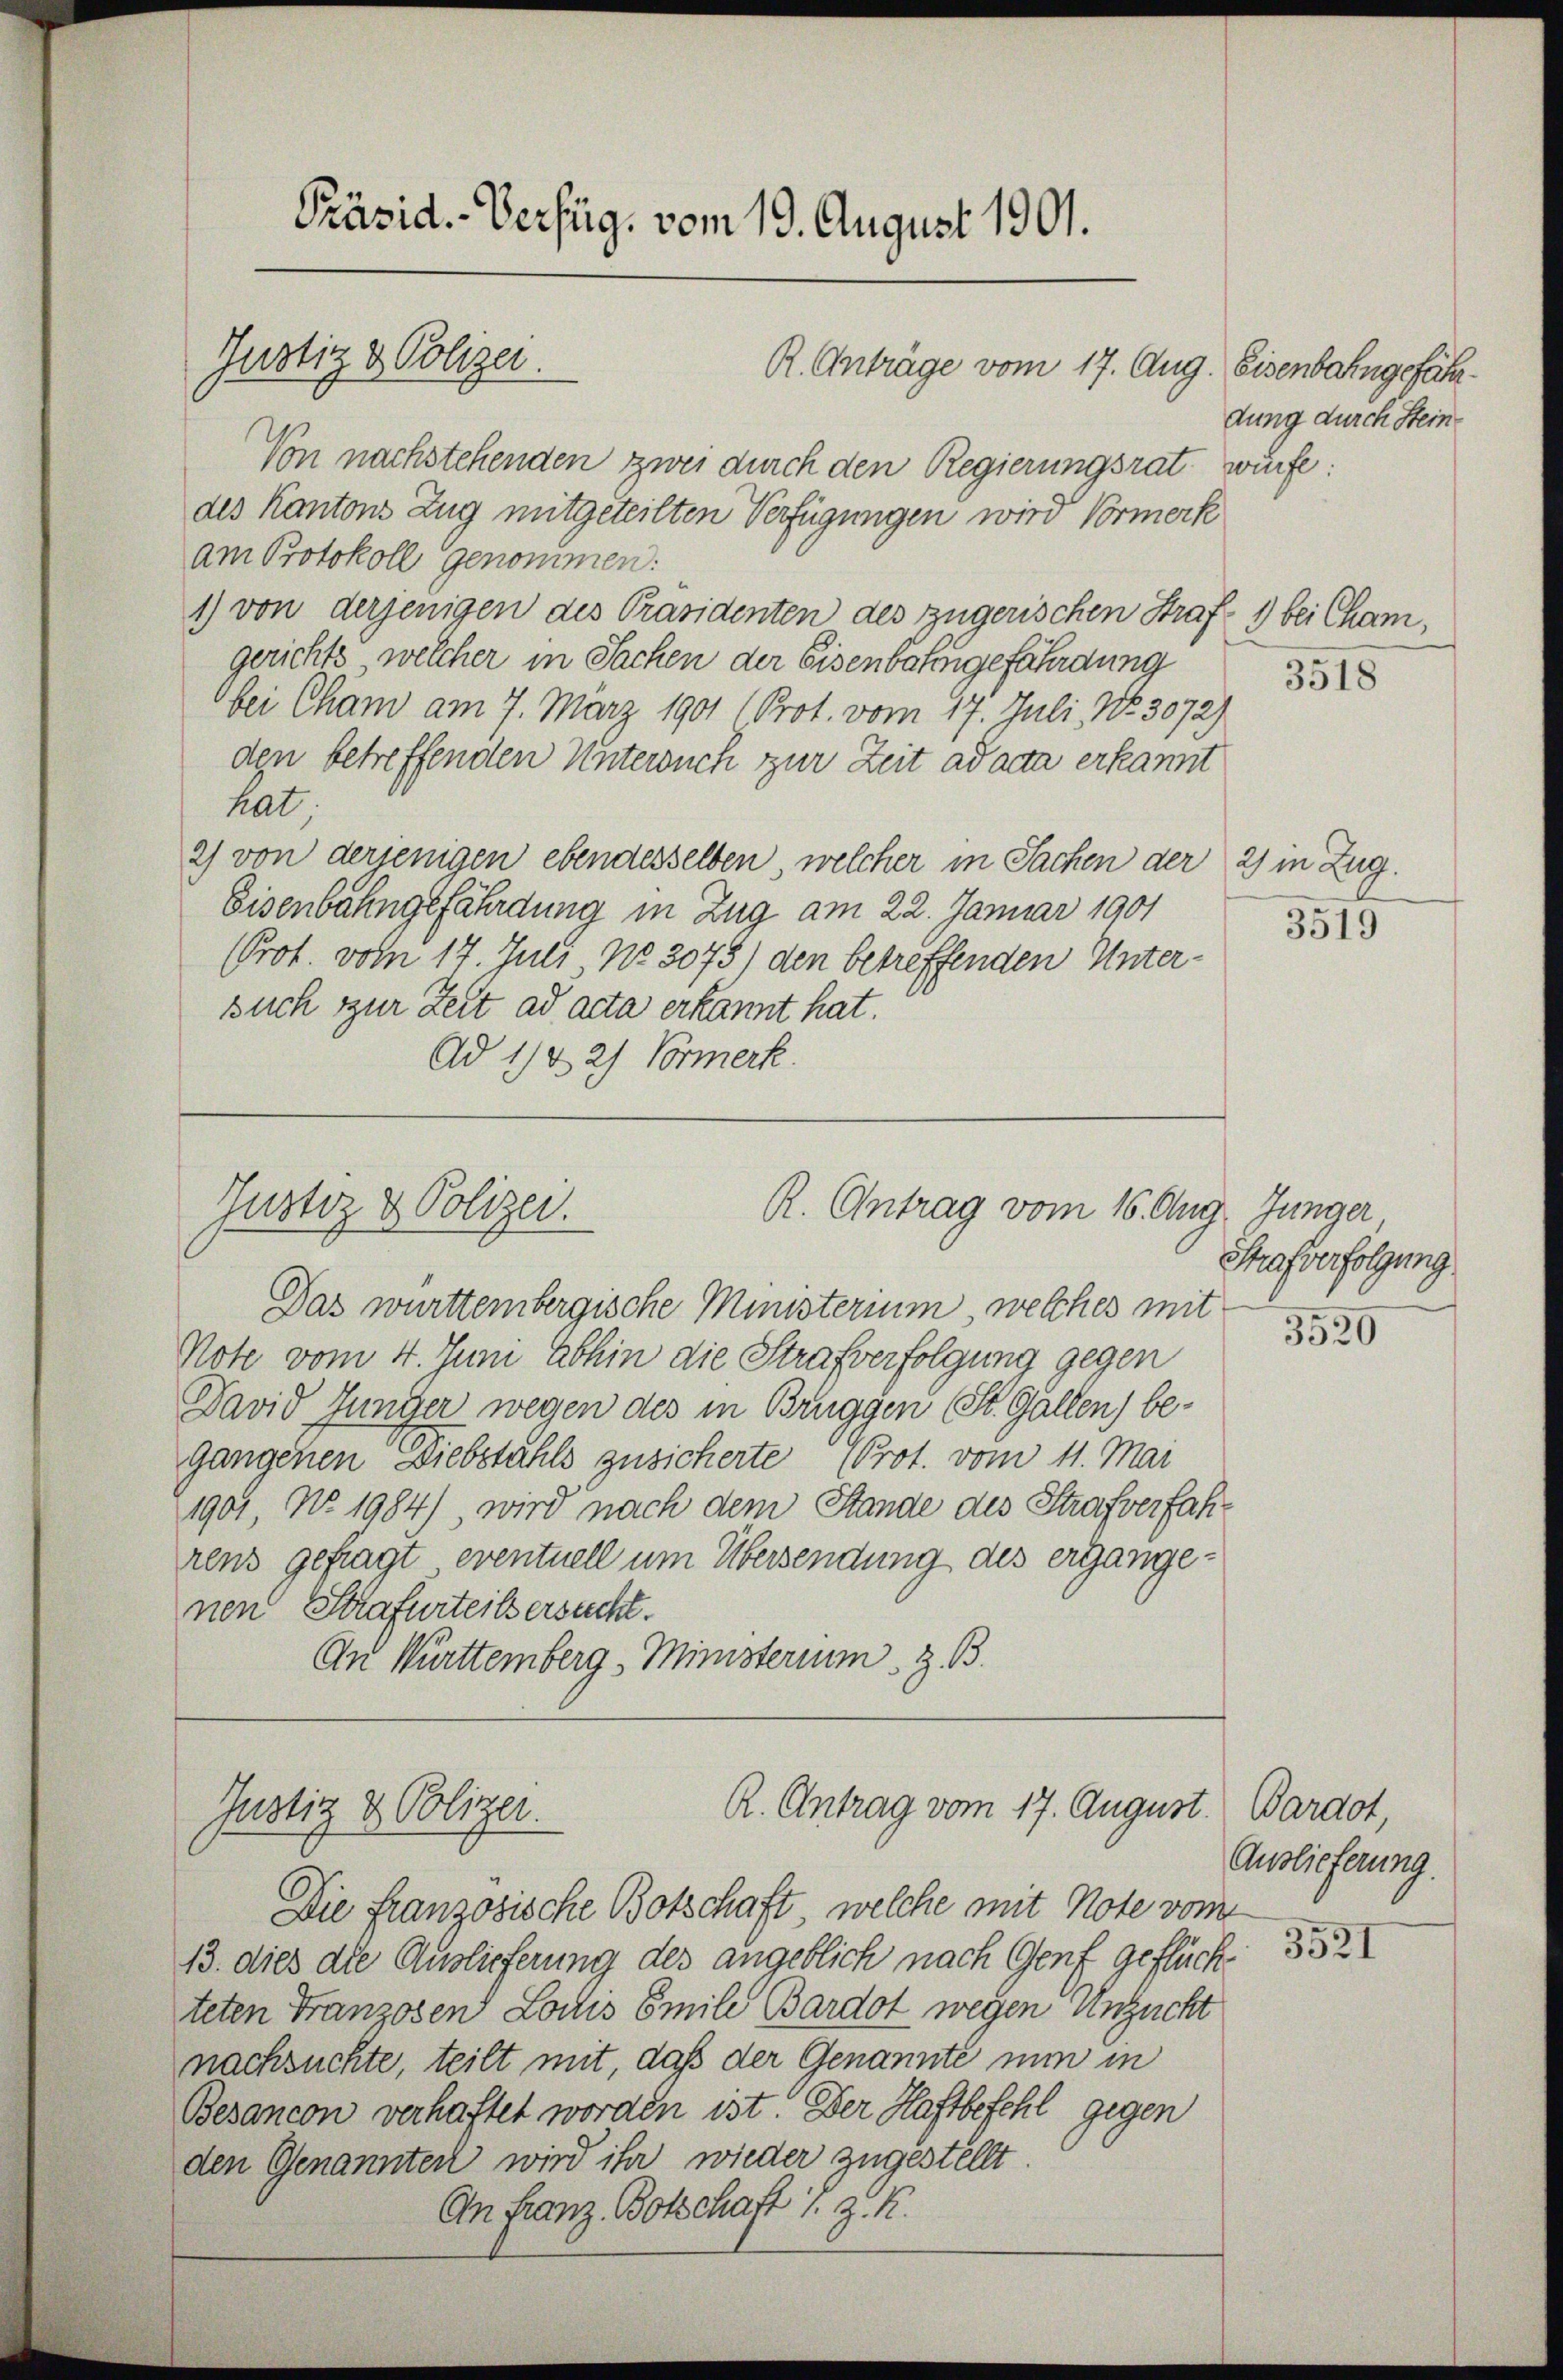
Präsid. - Verfüg, vom 19. August 1901.

Von nachstehenden zwei durch den Regierungsrat würfe:
des Kantons Zug mitgeteilten Verfügungen wird Vormerk
am Protokoll genommen:
1) von derjenigen des Präsidenten des zugerischen Straf 1) bei Cham,
gerichts welcher in Sachen der Eisenbahngefährdung
bei Cham am 7. März 1901 (Prot. vom 17. Juli, No. 3072)
den betreffenden Untersuch zur Zeit ad acta erkannt
hat
2) von derjenigen ebendesselben, welcher in Sachen der 2) in Zug.
Eisenbahngefährdung in Zug am 22. Januar 1901
(Prot. vom 17. Juli, No 3075) den betreffenden Untersuch zur Zeit ad acta erkannt hat.
Ad 1182) Vormerk

Justiz & Polizei.

R. Anträge vom 17. Aug. Eisenbahngefähr¬

Justiz & Polizei.
R. Antrag vom 16. Aug. Junger

R. Antrag vom 17. August.
Justiz & Polizei.
Die französische Botschaft, welche mit Note vom

13. dies die Auslieferung des angeblich nach Genf geflückteten Franzosen Louis Emile Bardot wegen Unzuckt
nachsuchte, teilt mit, daß der Genannte nun in
Besancon verhaftet worden ist. Der Haftbefehl gegen
den Genannten wird ihr wieder zugestellt.
An Franz Botschaft S. z. R.

Das württembergische Ministerium, welches mit
Note vom 4. Juni abhin die Strafverfolgung gegen
David Junger wegen des in Brüggen (St. Gallen) begangenen Diebstahls zusicherte (Prot. vom 11. Mai
1901 No 1984), wird nach dem Stande des Strafverfahrens gefragt, eventuell um Übersendung des ergange-
nen Strafurteils ersucht.
An Württemberg - Ministerium, z. B.

dung durch Stein

3518

3519

Strafverfolgung

3520

Baract,
Auslieferung.

3521